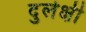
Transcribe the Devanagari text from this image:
दुर्लक्षी